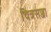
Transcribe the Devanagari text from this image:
चित्रसज्जा